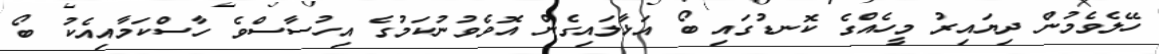
ހޭލެވެމުން ދިޔައިރު މީހެއްގެ ކޮނޑުގައި ބޯ އަޅާލައިގެން އޮވެވުނުކަމުގެ އިހުސާސްވެ ހާސްކަމާއިއެކު ބޯ